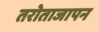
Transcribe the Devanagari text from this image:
तरोताजापन